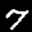
Digit: 7